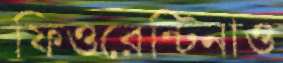
ফিওরেন্টিনাও